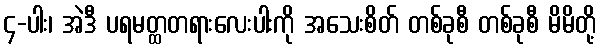
၄-ပါး၊ အဲဒီ ပရမတ္ထတရားလေးပါးကို အသေးစိတ် တစ်ခုစီ တစ်ခုစီ မိမိတို့